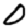
Digit: 0